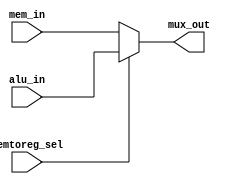
`timescale 1ns / 1ps

module mux2x1(mem_in, alu_in, memtoreg_sel, mux_out);
    input wire [7:0] mem_in;
    input wire [7:0] alu_in;
    input wire memtoreg_sel;
    output wire [7:0] mux_out;
    
    assign mux_out = (memtoreg_sel) ? alu_in : mem_in;
endmodule